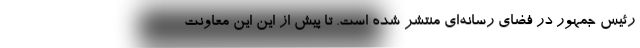
رئیس جمهور در فضای رسانه‌ای منتشر شده است. تا پیش از این این معاونت